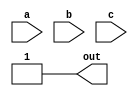
module top_module(
    input a,
    input b,
    input c,
    output out
); 
    // Simplify the K-map: The function f(a, b, c) is always 1 regardless of the values of a, b, and c
    assign out = 1;

endmodule